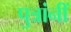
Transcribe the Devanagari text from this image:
पुत्रांनीं